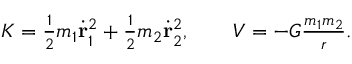
\begin{array} { r } { K = { \frac { 1 } { 2 } } m _ { 1 } \dot { \bf r } _ { 1 } ^ { 2 } + { \frac { 1 } { 2 } } m _ { 2 } \dot { \bf r } _ { 2 } ^ { 2 } , \qquad V = - G \frac { m _ { 1 } m _ { 2 } } { r } . } \end{array}